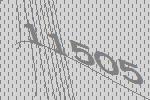
11505